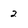
Character: 2